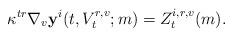
LaTeX: \begin{align*}\kappa^{tr}\nabla_v\mathbf{y}^i(t,V_t^{r,v};m)=Z_t^{i,r, v}(m).\end{align*}